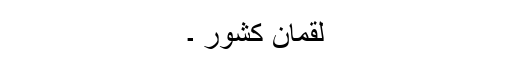
لقمان کشور ۔